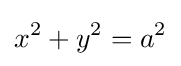
x^{2}+y^{2}=a^{2}